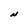
Character: N